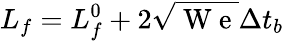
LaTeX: L_{f}=L_{f}^{0}+2\sqrt{\mathrm{~W~e~}}\Delta t_{b}